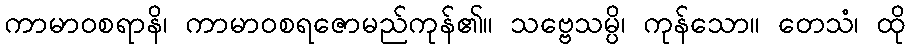
ကာမာဝစရာနိ၊ ကာမာဝစရဇောမည်ကုန်၏။ သဗ္ဗေသမ္ပိ၊ ကုန်သော။ တေသံ၊ ထို